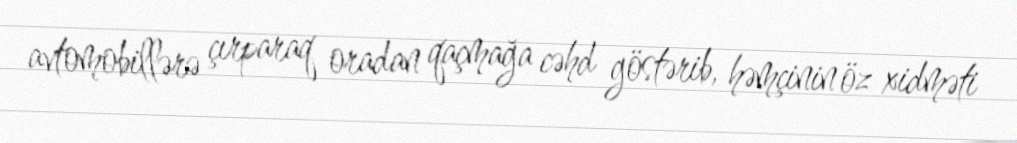
avtomobillərə çırparaq oradan qaçmağa cəhd göstərib, həmçinin öz xidməti